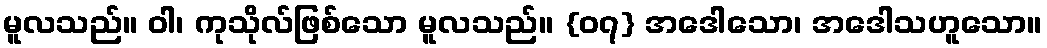
မူလသည်။ ဝါ၊ ကုသိုလ်ဖြစ်သော မူလသည်။ {၀၇} အဒေါသော၊ အဒေါသဟူသော။